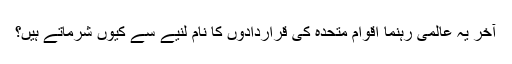
آخر یہ عالمی رہنما اقوام متحدہ کی قراردادوں کا نام لنیے سے کیوں شرماتے ہیں؟